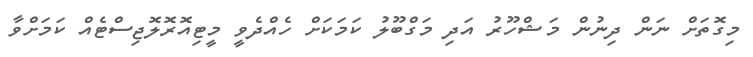
މިގޮތަށް ނަން ދިނުން މަޝްހޫރު އަދި މަގްބޫލު ކަމަކަށް ހެއްދެވީ މީޓިއޮރޮލޮޖިސްޓެއް ކަމަށްވާ